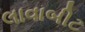
લાવાબીટ